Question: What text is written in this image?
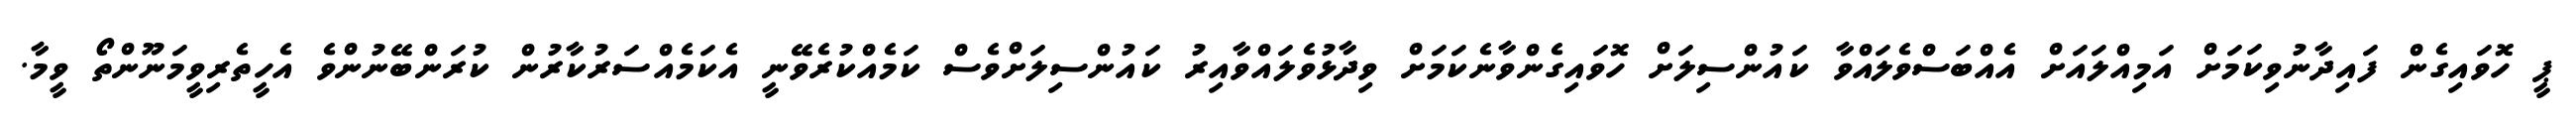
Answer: ޕީ ހޮވައިގެން ފައިދާނުވިކަމަށް އަމިއްލައަށް އެއްބަސްވެލައްވާ ކައުންސިލަށް ހޮވައިގެންވާނެކަމަށް ވިދާޅުވެލައްވާއިރު ކައުންސިލަށްވެސް ކަމެއްކުރެވޭނީ އެކަމެއްސަރުކާރުން ކުރަންބޭނުންވެ އެހީތެރިވީމަނޫންތޯ ވީމާ.